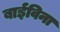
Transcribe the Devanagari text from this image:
बाईविना